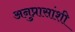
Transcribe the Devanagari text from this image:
अनुप्रासांशी